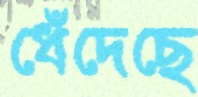
ধেঁদেছে